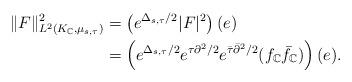
LaTeX: \begin{align*}\Vert F\Vert_{L^{2}(K_{\mathbb{C}},\mu_{s,\tau})}^{2} & =\left(e^{\Delta_{s,\tau}/2}|F|^{2}\right) (e)\\& =\left( e^{\Delta_{s,\tau}/2}e^{\tau\partial^{2}/2}e^{\bar{\tau}\bar{\partial}^{2}/2}(f_{\mathbb{C}}\bar{f}_{\mathbb{C}})\right) (e).\end{align*}